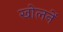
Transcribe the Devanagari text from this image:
खोलनें